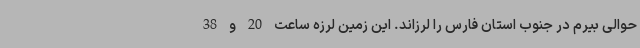
حوالی بیرم در جنوب استان فارس را لرزاند. این زمین لرزه ساعت 20 و 38